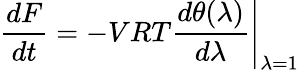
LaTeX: {\frac{dF}{dt}}=-VRT\left.{\frac{d\theta(\lambda)}{d\lambda}}\right|_{\lambda=1}